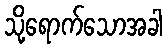
သို့ရောက်သောအခါ